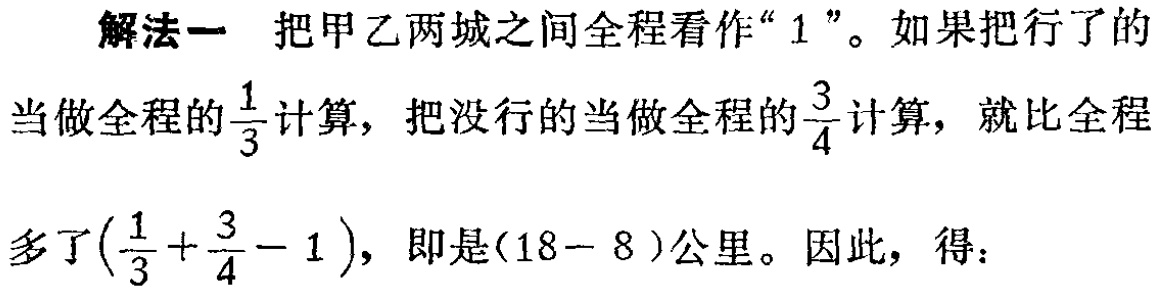
解法一 把甲乙两城之间全程看作“$1$”。如果把行了的当做全程的$\frac{1}{3}$计算，把没行的当做全程的$\frac{3}{4}$计算，就比全程多了$(\frac{1}{3}+\frac{3}{4}-1)$，即是$(18 - 8)$公里。因此，得：